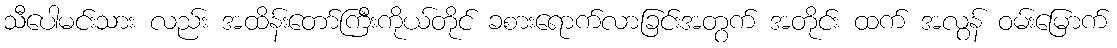
သီပေါမင်းသား လည်း အထိန်းတော်ကြီးကိုယ်တိုင် ခစားရောက်လာခြင်းအတွက် အတိုင်း ထက် အလွန် ဝမ်းမြောက်